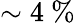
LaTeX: \sim 4~\%